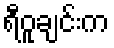
ရီဝူချင်းက